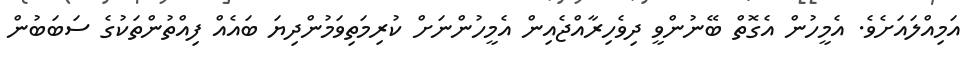
އަމިއްލައަށެވެ. އެމީހުން އެގޮތް ބޭނުންވީ ދިވެހިރާއްޖެއިން އެމީހުންނަށް ކުރިމަތިވަމުންދިޔަ ބައެއް ފިއްތުންތަކުގެ ސަބަބުން